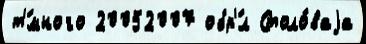
т'́много 20052007 обр'́л Столо́ваjа